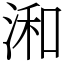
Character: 𣷓